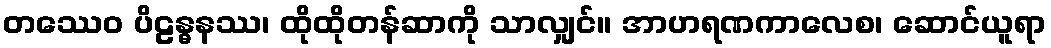
တဿေဝ ပိဠန္ဓနဿ၊ ထိုထိုတန်ဆာကို သာလျှင်။ အာဟရဏကာလေစ၊ ဆောင်ယူရာ